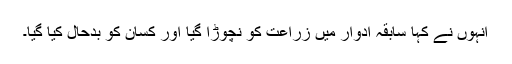
انہوں نے کہا سابقہ ادوار میں زراعت کو نچوڑا گیا اور کسان کو بدحال کیا گیا۔